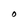
Character: O